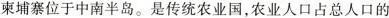
束埔寨位于中南半岛。是传统农业国，农业人口占总人口的